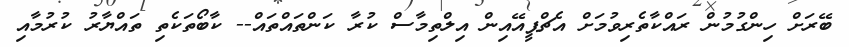
ބޭރަށް ހިންގުމުން ރައްކާތެރިވުމަށް އެޗްޕީއޭއިން އިލްތިމާސް ކުރާ ކަންތައްތައް-- ކާބޯތަކެތި ތައްޔާރު ކުރުމާއި